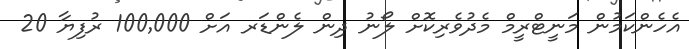
އެހެންކަމުން މަނީޓްރީމް މެދުވެރިކޮށް ލޯނު ދިން ލެންޑަރ އަށް 100